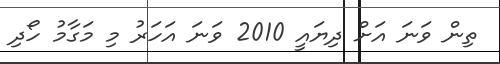
ތިން ވަނަ އަށް ދިޔައީ 2010 ވަނަ އަހަރު މި މަގާމު ހޯދި